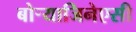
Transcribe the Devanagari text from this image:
बोऱ्याजिनेएसी